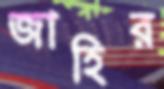
জাহির